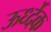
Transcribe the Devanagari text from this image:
ऊर्ध्देक